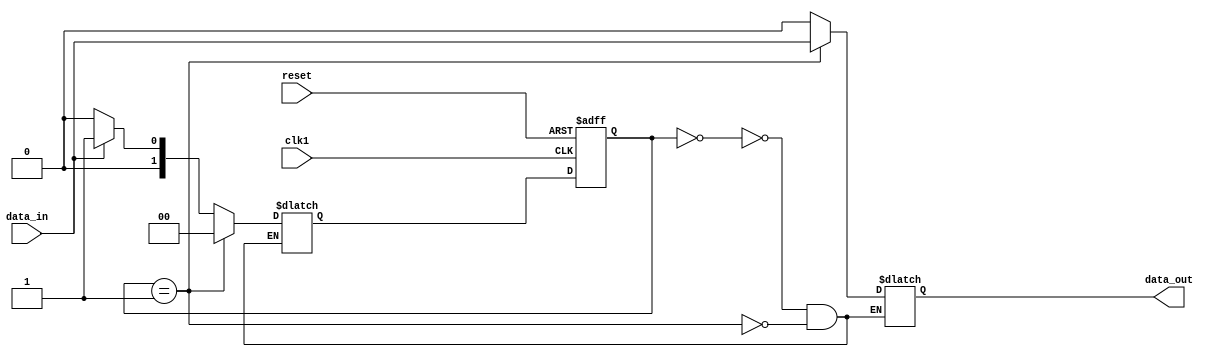
module synchronizer(
    input wire clk1,
    input wire reset,
    input wire data_in,
    output reg data_out
);

reg [1:0] state;
reg [1:0] next_state;

parameter IDLE = 2'b00;
parameter SYNC = 2'b01;

always @(posedge clk1 or posedge reset) begin
    if(reset) begin
        state <= IDLE;
    end else begin
        state <= next_state;
    end
end

always @(state) begin
    case(state)
        IDLE: begin
            if(data_in) begin
                next_state <= SYNC;
                data_out <= 1'b0;
            end else begin
                next_state <= IDLE;
                data_out <= 1'b0;
            end
        end
        SYNC: begin
            data_out <= data_in;
            next_state <= IDLE;
        end
    endcase
end

endmodule